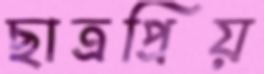
ছাত্রপ্রিয়